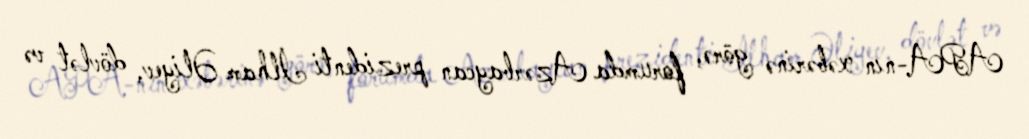
APA-nın xəbərinə görə, forumda Azərbaycan prezidenti İlham Əliyev, dövlət və